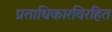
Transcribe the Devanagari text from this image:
प्रताधिकारविरहित